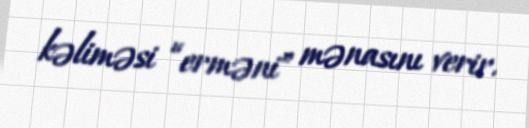
kəliməsi “erməni” mənasını verir.